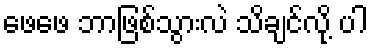
ဖေဖေ ဘာဖြစ်သွားလဲ သိချင်လို့ ပါ